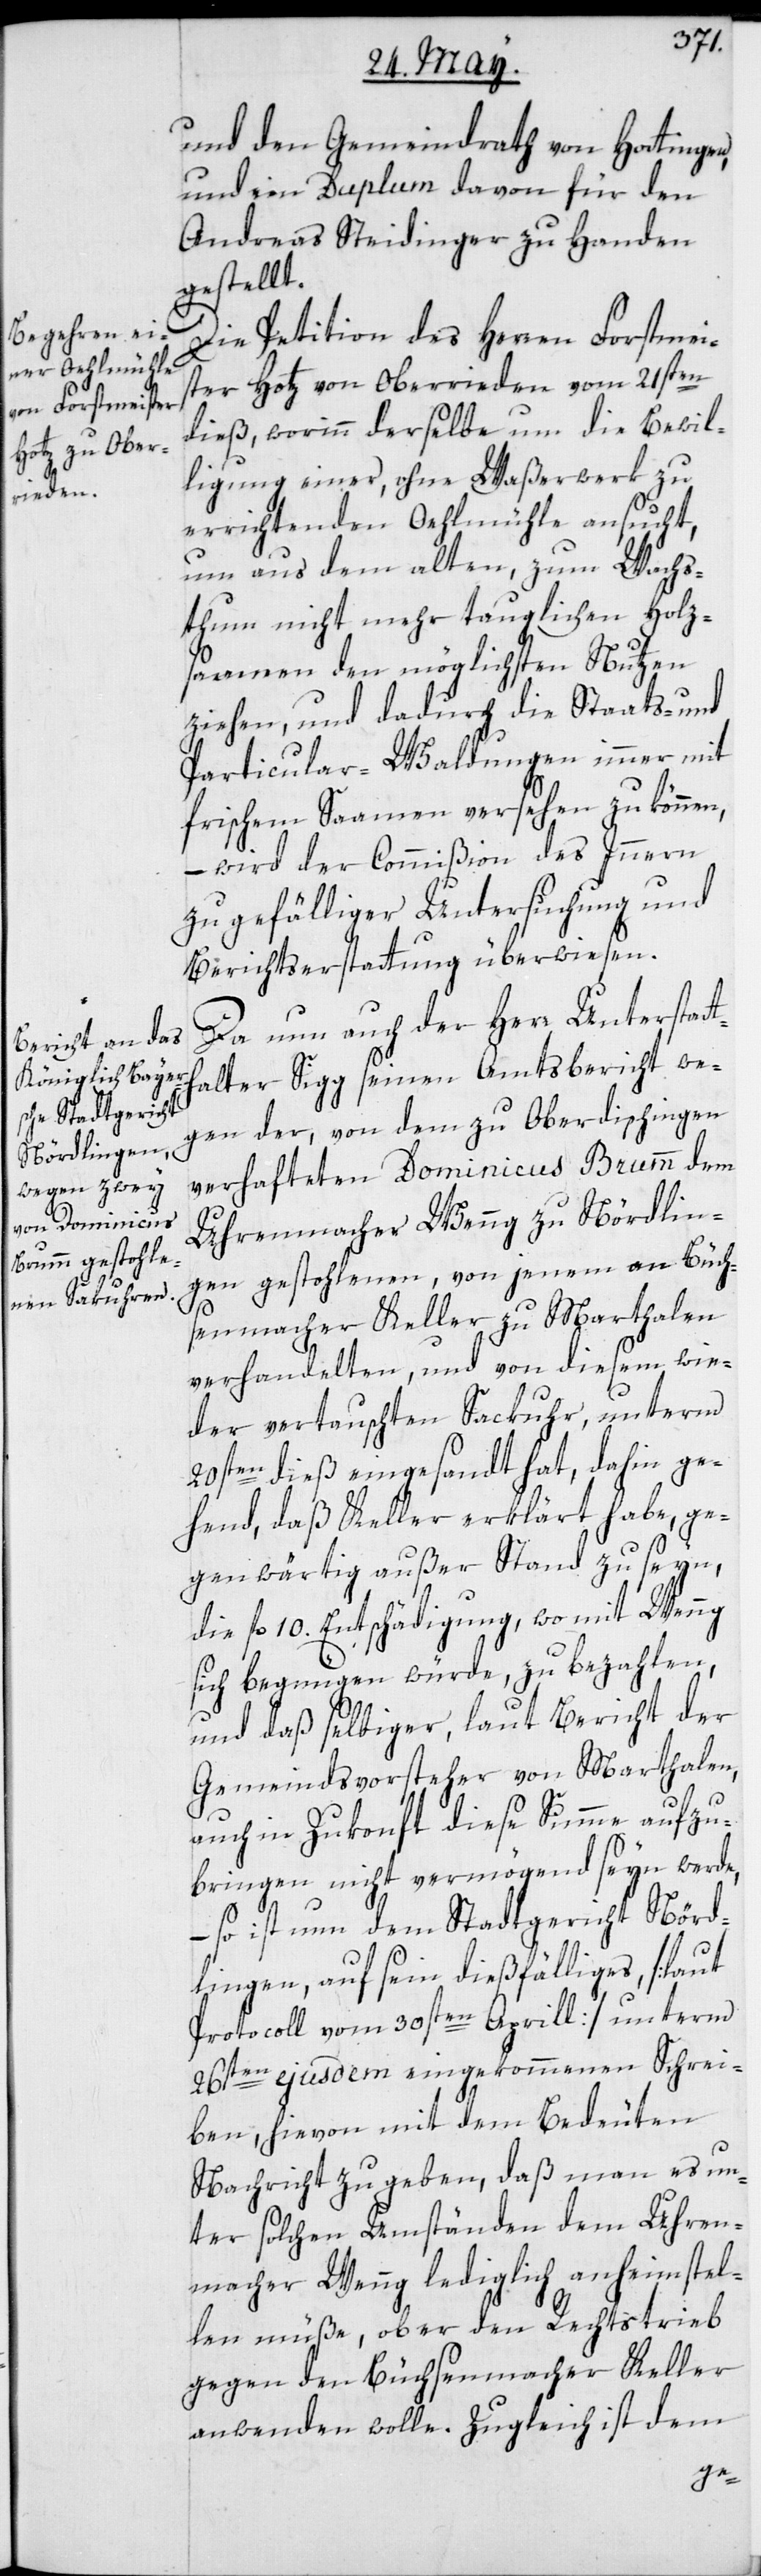
und den Gemeindrath von Hottingen,
und ein Duplum davon für den
Andreas Steidinger zu Handen
gestellt.
Die Petition des Herren Forstmei¬
ster Hotz von Oberrieden vom 21sten
dieß, worinn derselbe um die Bewil¬
ligung einer, ohne Waßerwerk zu
errichtenden Oehlmühle ansucht,
um aus dem alten, zum Wachs¬
thum nicht mehr tauglichen Holz¬
saamen den möglichsten Nutzen
ziehen, und dadurch die Staats- und
Particular-Waldungen immer mit
frischen Saamen versehen zu können,
– wird der Commißion des Innern
zu gefälliger Untersuchung und
Berichtserstattung überwiesen.
Da nun auch der Herr Unterstatt¬
halter Sigg seinen Amtsbericht we¬
gen der, von dem zu Oberdischingen
verhafteten Domincus Brumm dem
Uhrenmacher Wenng zu Nördlin¬
gen gestohlenen, von jenem an Büch¬
senmacher Keller zu Marthalen
verhandelten, und von diesem wie¬
der vertauschten Sackuhr, unterm
20sten dieß eingesandt hat, dahin ge¬
hend, daß Keller erklärt habe, ge¬
genwärtig außer Stand zu seyn,
die fl. 10. Entschädigung, wo mit Wenng
sich begnügen würde, zu bezahlen,
und daß selbiger, laut Bericht der
Gemeindsvorsteher von Marthalen,
auch in Zukonft diese Summe aufzu¬
bringen nicht vermögend seyn werde,
– so ist nun dem Stadtgericht Nörd¬
lingen, auf sein dießfälliges, [laut
Protocoll vom 30sten Aprill] unterm
26sten ejusdem eingekommenen Schrei¬
ben, hievon mit dem Bedeuten
Nachricht zu geben, daß man es un¬
ter solchen Umständen dem Uhren¬
macher Wenng lediglich anheimstel¬
len müße, ob er den Rechtstrieb
gegen den Büchsenmacher Keller
anwenden wolle. Zugleich ist dem